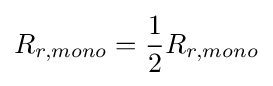
R_{r,mono}={\frac {1}{2}}R_{r,mono}